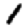
Digit: 1